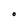
Character: O